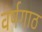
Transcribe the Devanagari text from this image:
वर्षगाठ